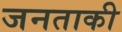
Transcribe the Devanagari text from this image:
जनताकी